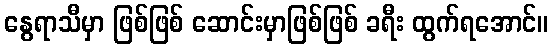
နွေရာသီမှာ ဖြစ်ဖြစ် ဆောင်းမှာဖြစ်ဖြစ် ခရီး ထွက်ရအောင်။